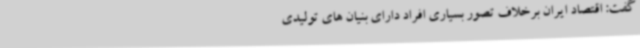
گفت: اقتصاد ایران برخلاف تصور بسیاری افراد دارای بنیان های تولیدی